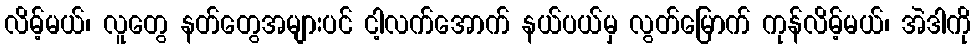
လိမ့်မယ်၊ လူတွေ နတ်တွေအများပင် ငါ့လက်အောက် နယ်ပယ်မှ လွတ်မြောက် ကုန်လိမ့်မယ်၊ အဲဒါကို